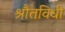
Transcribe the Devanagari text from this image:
श्रौतविधी